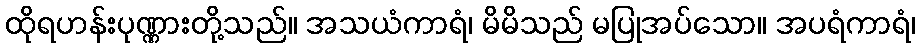
ထိုရဟန်းပုဏ္ဏားတို့သည်။ အသယံကာရံ၊ မိမိသည် မပြုအပ်သော။ အပရံကာရံ၊